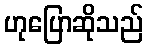
ဟုပြောဆိုသည်